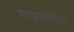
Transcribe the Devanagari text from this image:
गोवलकोंडा